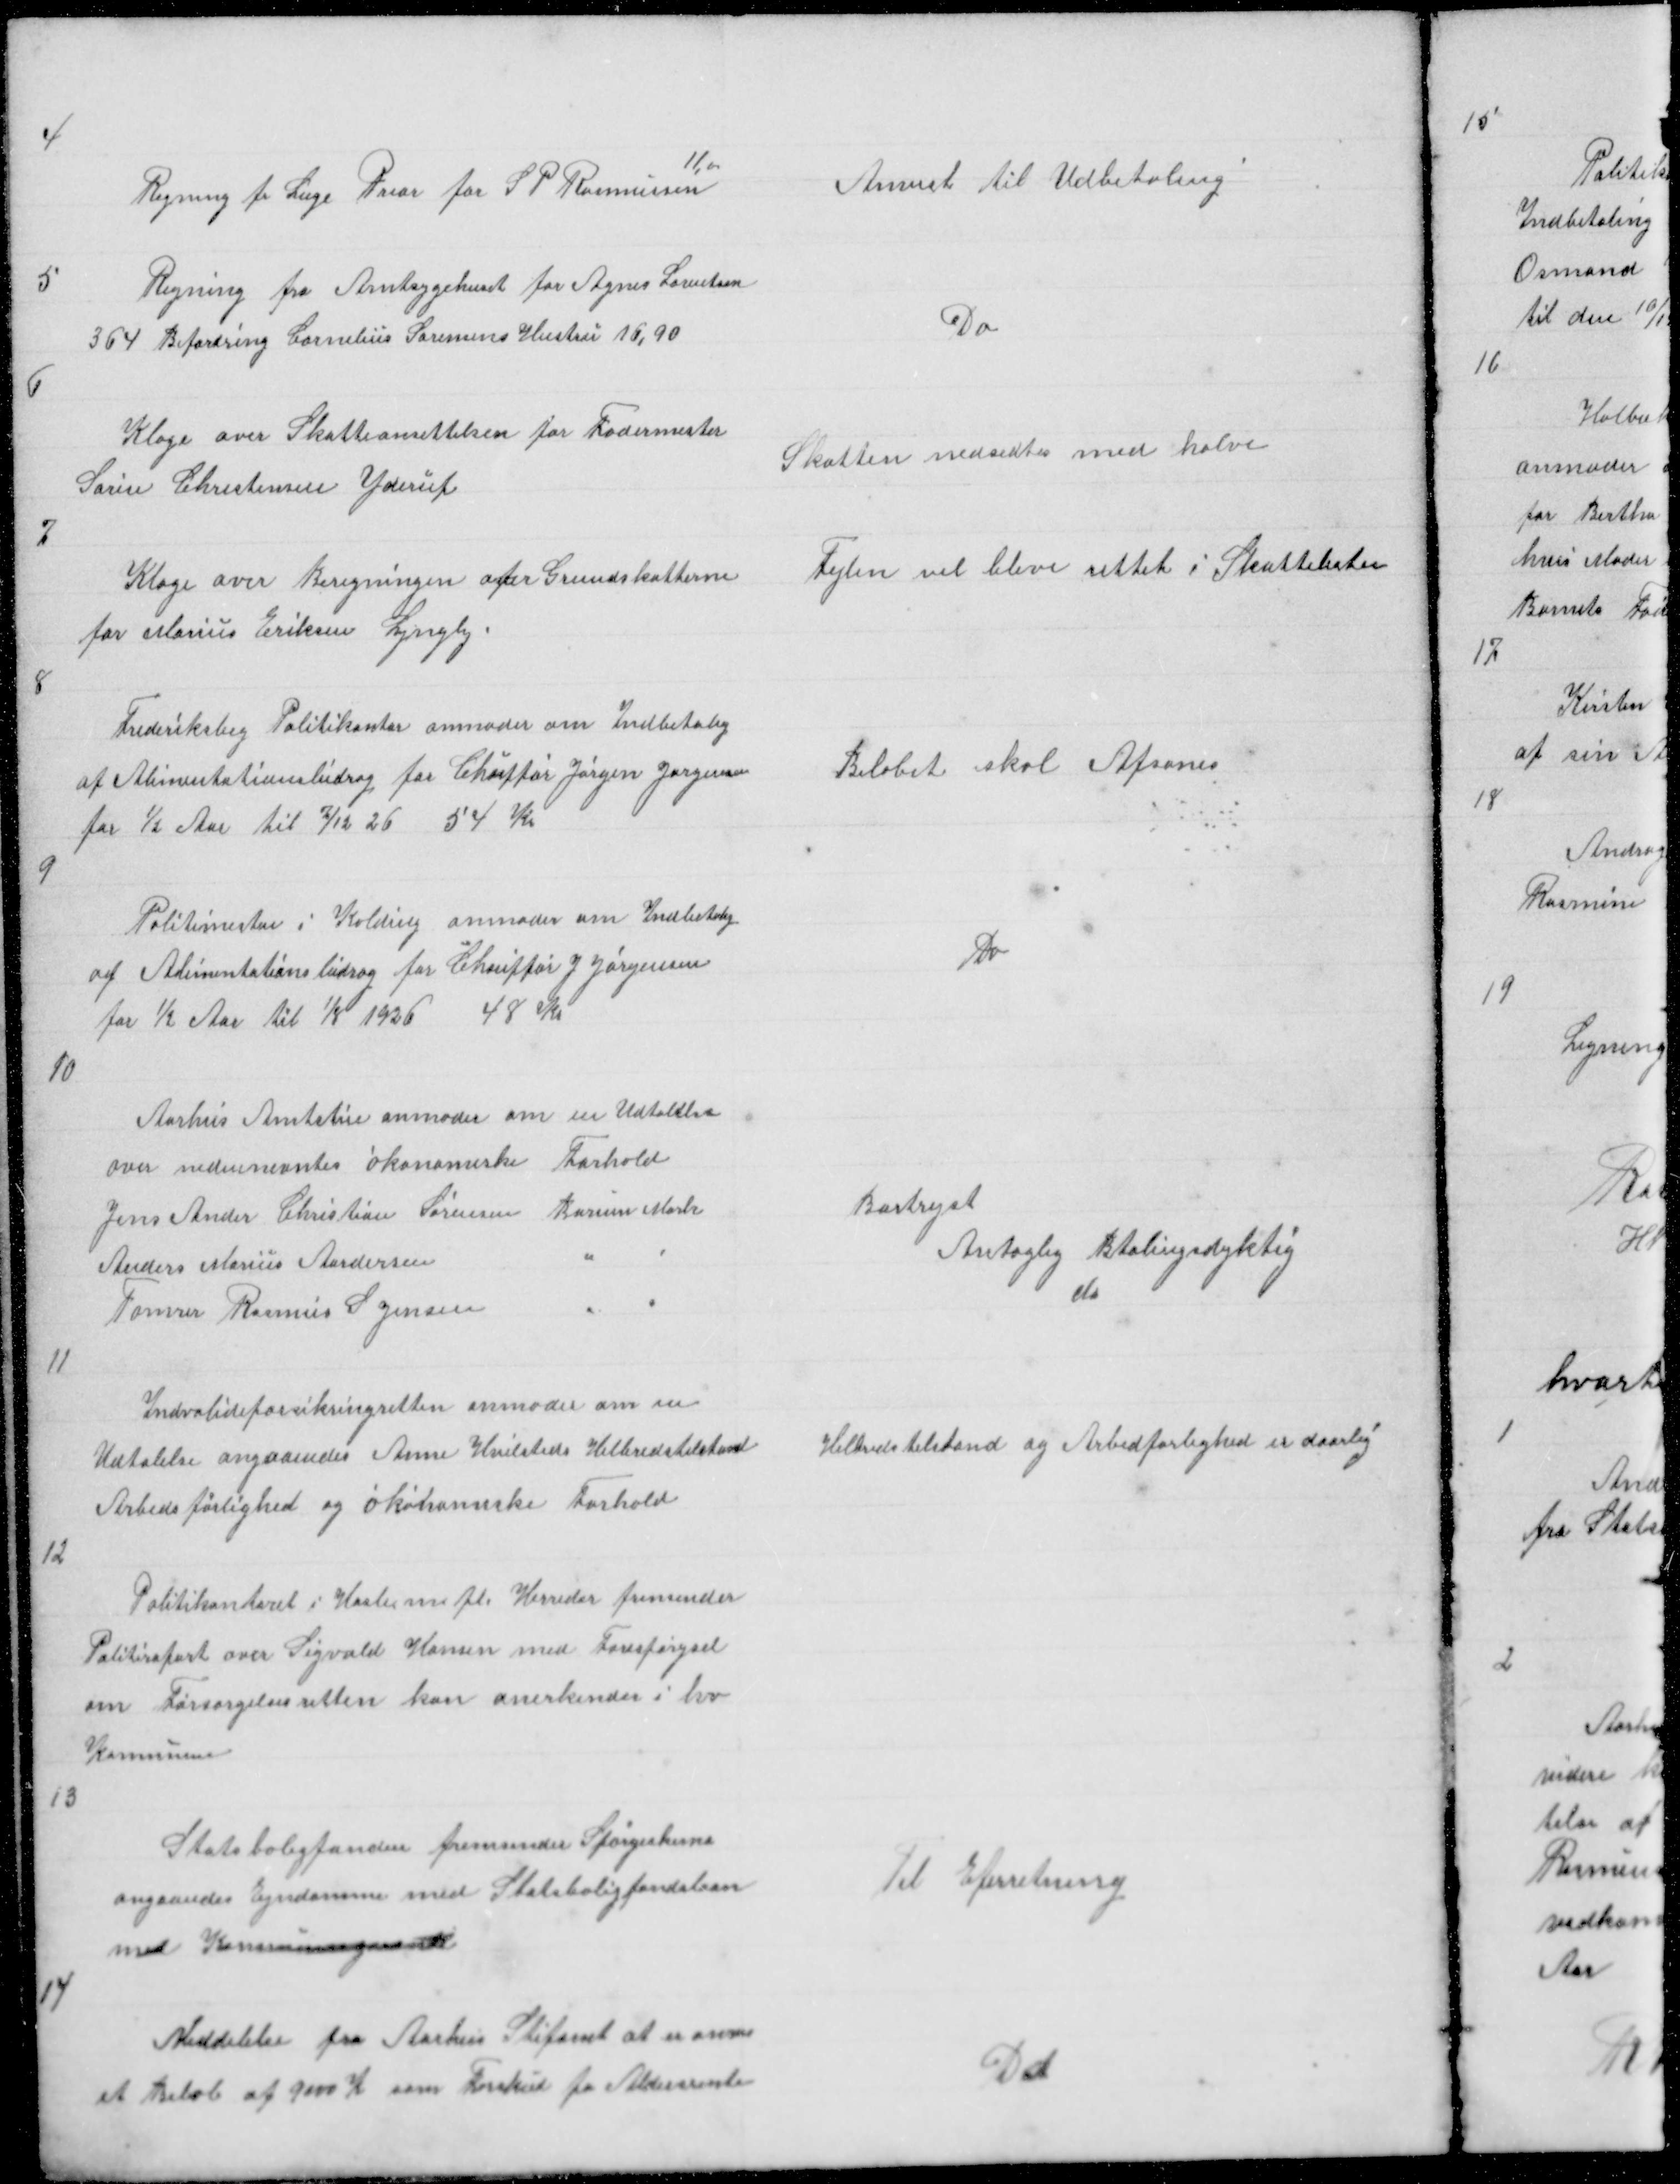
Transskription:
4

11,00
Regning fra Læge Prior for S P Rasmussen

Anvist til Udbetaling

5

Regning fra Amtsygehuset for Agnes Lorentsen
364 Befordring Cornelius Sørensens Hustru 16,90

Do

6

Klage over Skatteansættelsen for Fodermester
Søren Christensen Yderup

Skatten nedsættes  med halve

7

Klage over Beregningen af Grundskatterne
for Marius Eriksen Lyngby

Fejlen vil blive rettet i Skattelisten

8

Frederiksbeg Politikontor anmoder om Indbetalig
af Alimentationsbidrag for Chuffør Jørgen Jørgensen
for ½ Aar til 7/12 26 54 Kr

Beløbet skal Afsones

9

Politimesten i Kolding anmoder om Indbetalig
af Alimentationsbidrag for Chauffør J Jørgensen
for ½ Aar til 1/8 1926 48 Kr

Do

10

Aarhus Amtstue anmoder om en Udtalelse
over nedennevntes økonomiske Forhold
Jens Ander Christian Sørensen Borum Mark
Anders Marius Andersen
"
"
Tømrer Rasmus S Jensen
"
"

Bortrejst
Antaglig Btalingsdyktig
do

11

Indvalideforsikringretten anmoder om en
Udtalelse angaaendes Anne Hvidsteds Helbredstilstand
Arbedsførlighed og økonomiske Forhold

Helbredstilstand og Arbedsførlighed er daarlig

12

Politikontoret i Hasle m fl Herreder fremsender
Politiraport over Sigvald Hansen med Forespørgsel
om Forsørgelsesretten kan anerkendes i hv
Kommune

13

Statsboligfonden fremsender Spørgeskema
angaaendes Ejndomme med Statsboligfondslaan
med Kommunegaranti

Til Efterretning

14

Meddelelse fra Aarhus Stifamt at er
et Beløb af 9000 Kr som Forskud fo Aldersrente

Do